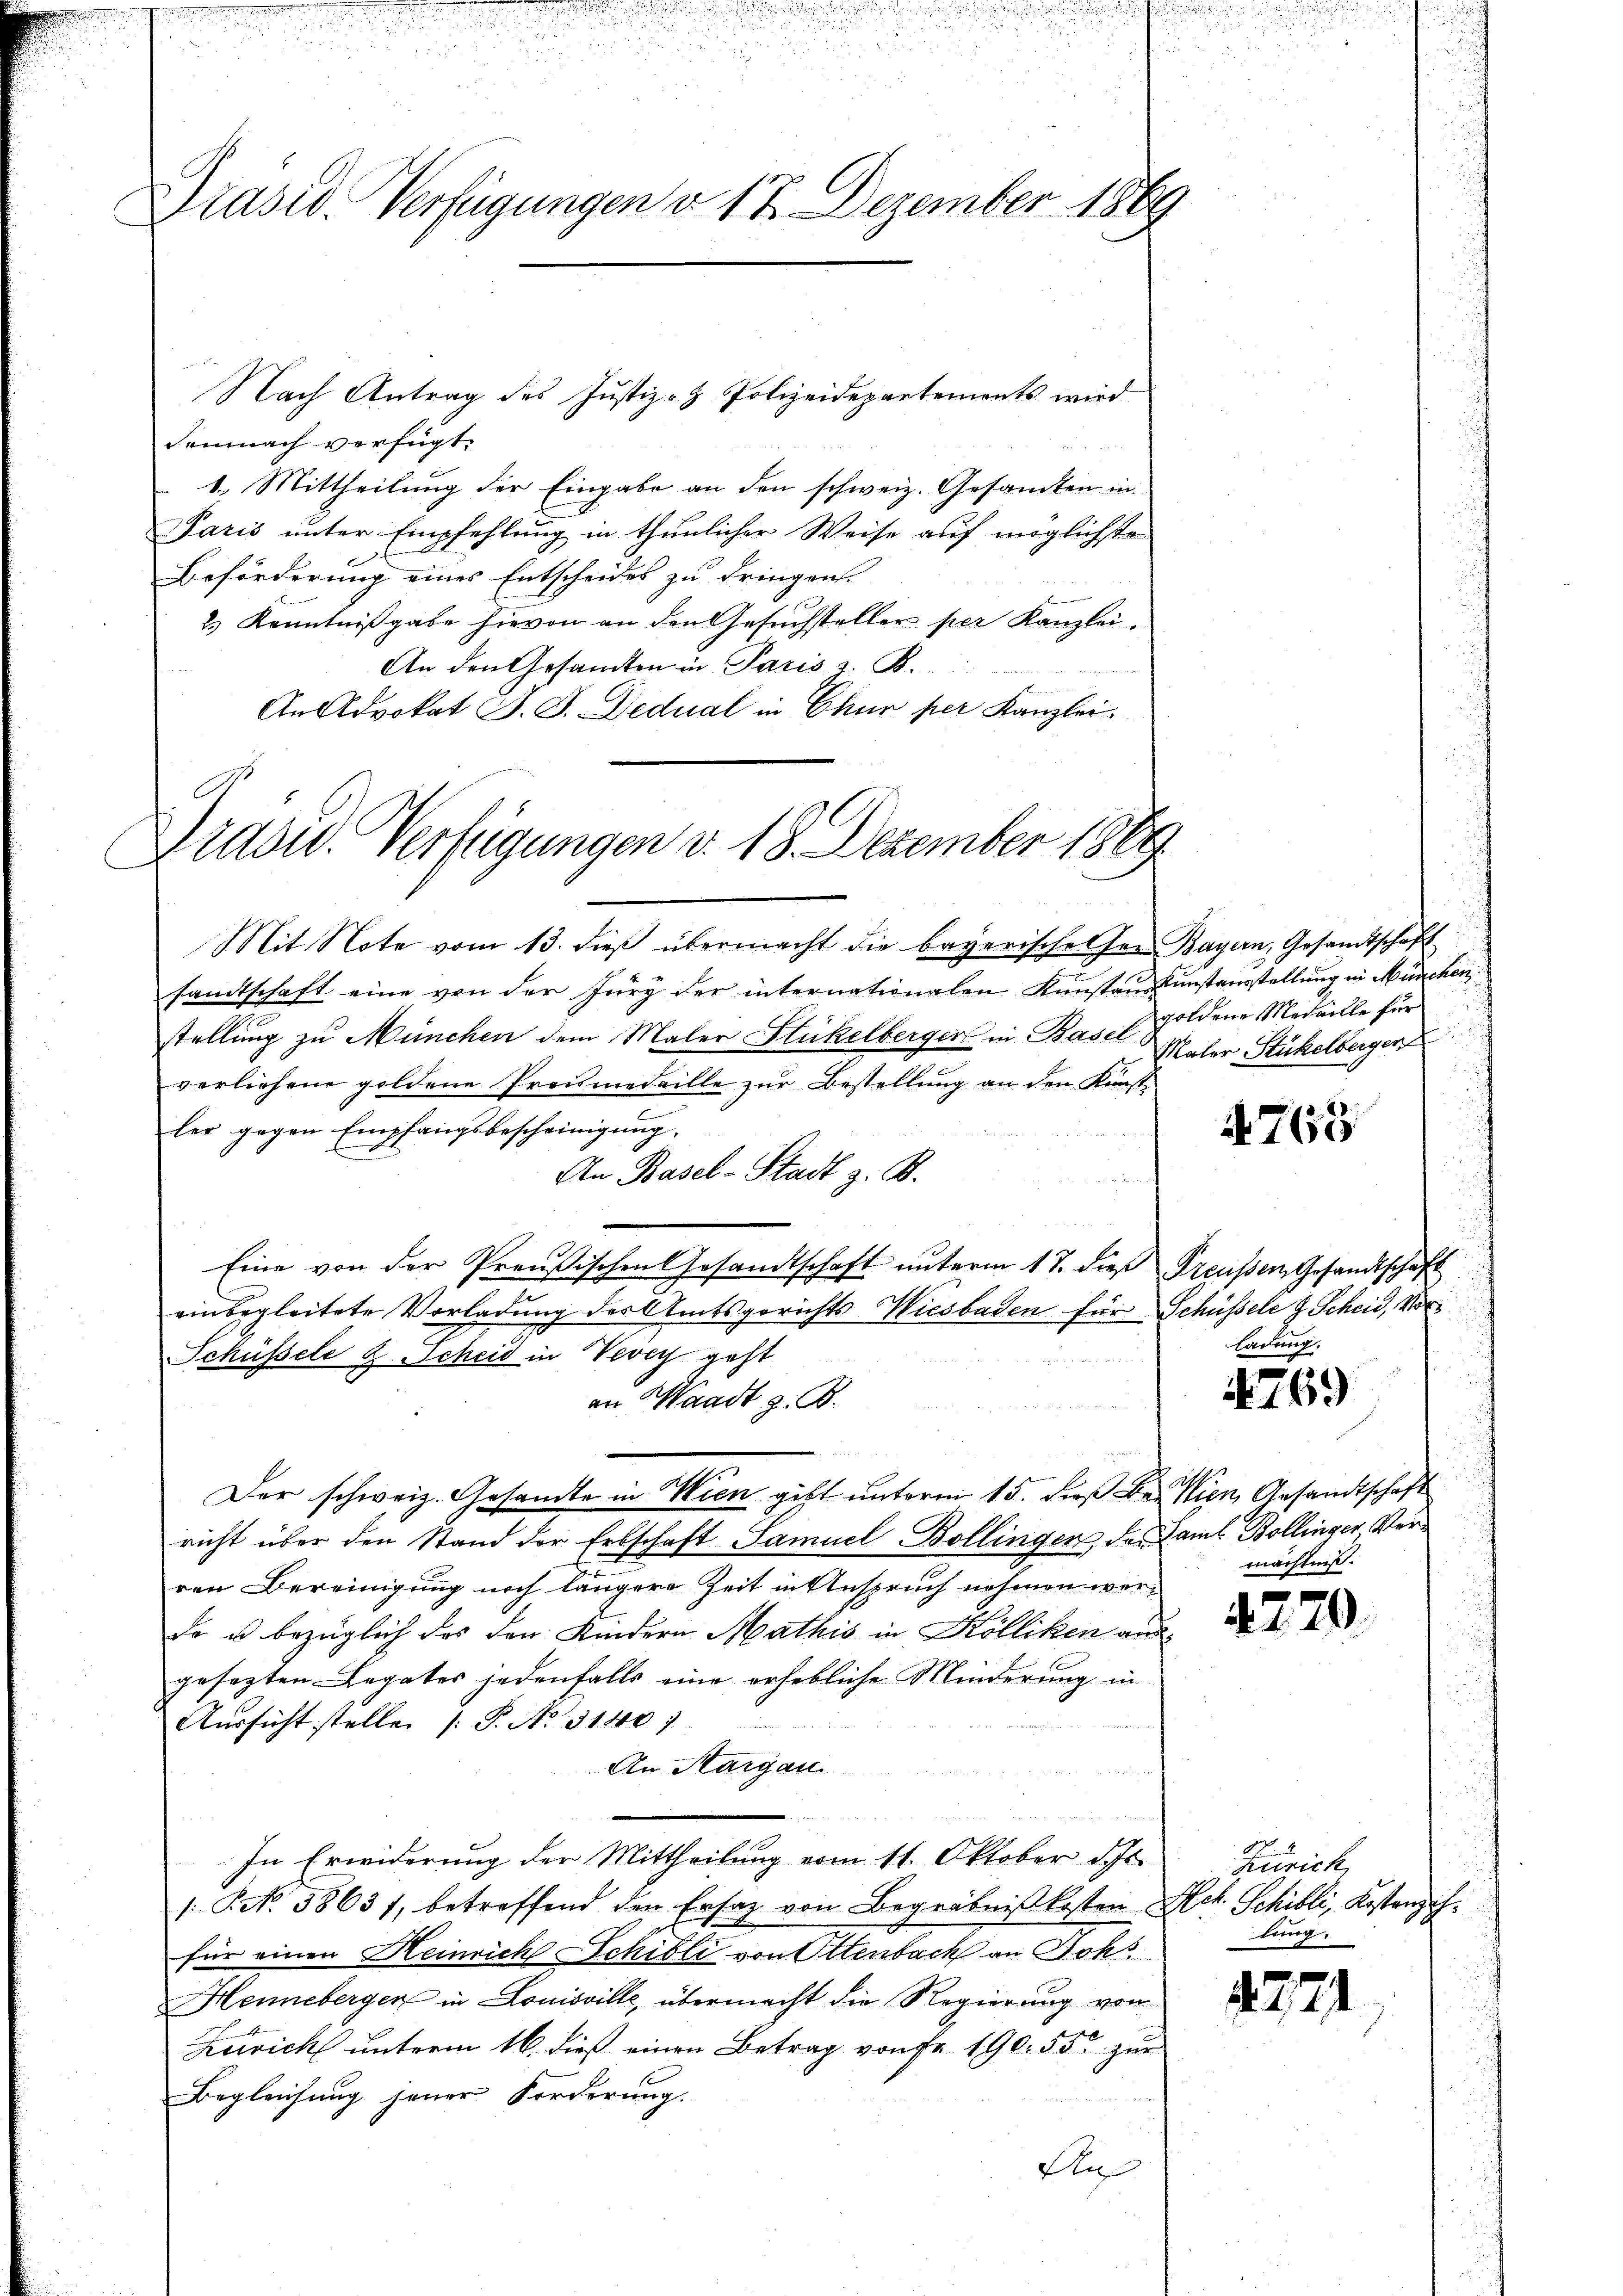
Präsid. Verfügungen d. 17. Dezember 1869

Nach Antrag des Justiz- & Polizeidepartements wird
demnach verfügt:
1. Mittheilung der Eingabe an den schweiz. Gesamten in
Paris unter Empfehlung in thunlicher Weise auf möglichste
Beförderung eines Entscheides zu dringen.
2) Kenntnißgabe hievon an den Gesuchsteller per Kanzlei.
An den Gesamten in Paris z. B.
An Advokat J. J. Dedual in Chur per Kanzlei

Niddid. Verfügungen d. 18. Dezember 1869

Mit Note vom 13. dieß übermacht die bayerische Ger. Bayern, Gesandtschaft
samtschaft eine von der Jury der internationalen Kunstaus Kunstausstellung in München,
stellung zu München dem Maler Flickelberger in Base Schildene Medaille für
verliehene goldene Promedaille zur Bestellung an den Kunstler gegen Empfangsbescheinigung.
An Basel-Stadt z. B.
Eine von der Preußischen Gesandtschaft unterm 17. dieß Preußen Gesandtschaft
einbegleitete Vorladung der Amtsgerichts Wiesbaden für Schüssele & Scheid, Vor¬
Schüssele z. Scheid in Vevey geht
an Waadt z. B.
Der schweiz. Gesamte in Wien gibt unterm 15. dieß Be. Wien Gesandtschaft
richt über den Stand der Erbschaft Samuel Bollingen des Saml Bollinger, Verren Bereinigung noch längere Zeit in Anspruch nehmen werde u bezüglich das den Kindern Mathis in Kölliken ausgesezten Legates jedenfalls eine erhebliche Minderung in
Aussicht stelle [P. Nr. 31407
An Margau
u
In Erwiderung der Mittheilung vom 11. Oktober d. Js.
/Frk. 38631, betreffend den Ersatz von Begräbnißkosten Hch. Schilli, Kostenz ihfür einen Heinrich Schilli von Ottenbach an Joh
Henneberger in Louisville, übermacht die Regierung von
Zevich unterm 16. dieß einen Betrag von Fr. 190. 55 zur
Begleichung jener Forderung.
An

Maler Stückelbergen

4763

ladung.

4769

mächtniß.

4279

Zürich,
lung.

1221